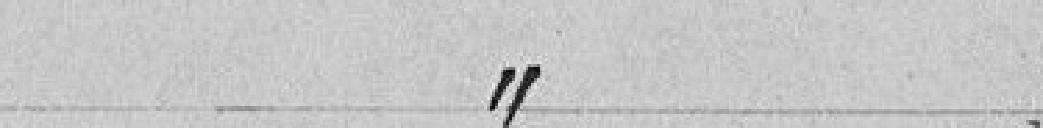
article